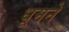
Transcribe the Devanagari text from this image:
धूमने